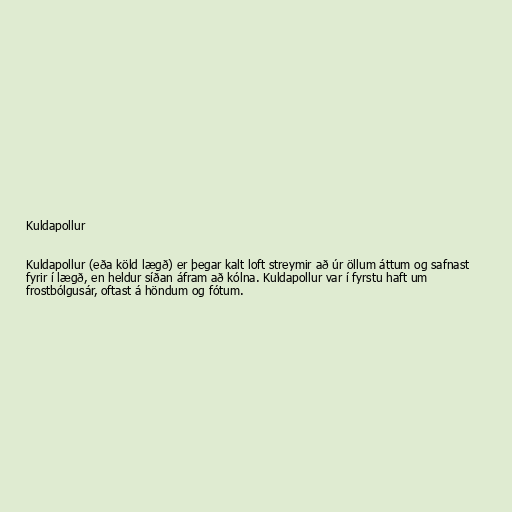
Kuldapollur

Kuldapollur (eða köld lægð) er þegar kalt loft streymir að úr öllum áttum og safnast
fyrir í lægð, en heldur síðan áfram að kólna. Kuldapollur var í fyrstu haft um
frostbólgusár, oftast á höndum og fótum.